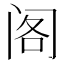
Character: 阁